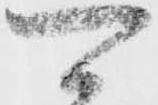
可